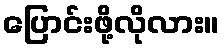
ပြောင်းဖို့လိုလား။